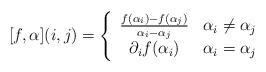
LaTeX: \begin{align*}[f,\alpha]({i,j})=\left\{\begin{array}{cc} \frac{f(\alpha_i)-f(\alpha_j)}{\alpha_i-\alpha_j} & \alpha_i\neq \alpha_j \\ \partial_i{f}(\alpha_i) & \alpha_i=\alpha_j\end{array}\right.\end{align*}